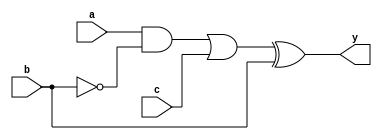
module complex_logic(
    input a,
    input b,
    input c,
    output y
);

wire not_b;
wire x1, x2, x3;

assign not_b = ~b;
assign x1 = a & not_b;
assign x2 = x1 | c;
assign x3 = x2 ^ b;
assign y = x3;

endmodule